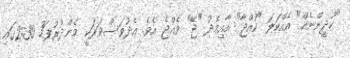
"ކުދީންނެއް" އެއްކަލަ "ކުއްޖާ" އާއިމެދު "ޖޭ" ވެއްޖެ އެވެ. އެދުވަސްވަރަކީ މެންދުރުފަހު 2:30ގައި